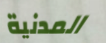
المدنية